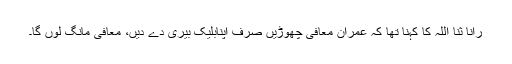
رانا ثنا اللہ کا کہنا تھا کہ عمران معافی چھوڑیں صرف اپنابلیک بیری دے دیں، معافی مانگ لوں گا۔